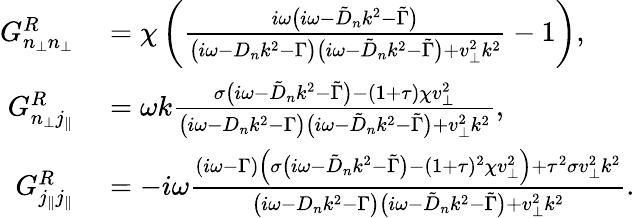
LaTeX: \begin{array}{rl}{G_{n_{\perp}n_{\perp}}^{R}}&{{}=\chi\left(\frac{i\omega\big(i\omega-\tilde{D}_{n}k^{2}-\tilde{\Gamma}\big)}{\big(i\omega-D_{n}k^{2}-\Gamma\big)\big(i\omega-\tilde{D}_{n}k^{2}-\tilde{\Gamma}\big)+v_{\perp}^{2}k^{2}}-1\right),}\\ {G_{n_{\perp}j_{\| }}^{R}}&{{}=\omega k\frac{\sigma\big(i\omega-\tilde{D}_{n}k^{2}-\tilde{\Gamma}\big)-(1+\tau)\chi v_{\perp}^{2}}{\big(i\omega-D_{n}k^{2}-\Gamma\big)\big(i\omega-\tilde{D}_{n}k^{2}-\tilde{\Gamma}\big)+v_{\perp}^{2}k^{2}},}\\ {G_{j_{\| }j_{\| }}^{R}}&{{}=-i\omega\frac{(i\omega-\Gamma)\Big(\sigma\big(i\omega-\tilde{D}_{n}k^{2}-\tilde{\Gamma}\big)-(1+\tau)^{2}\chi v_{\perp}^{2}\Big)+\tau^{2}\sigma v_{\perp}^{2}k^{2}}{\big(i\omega-D_{n}k^{2}-\Gamma\big)\big(i\omega-\tilde{D}_{n}k^{2}-\tilde{\Gamma}\big)+v_{\perp}^{2}k^{2}}.}\end{array}